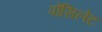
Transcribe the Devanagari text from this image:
पोंसिलेट